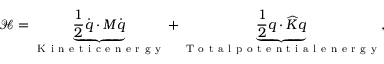
\mathcal { H } = \underbrace { \frac { 1 } { 2 } \dot { \boldsymbol { q } } \cdot \boldsymbol { M } \dot { \boldsymbol { q } } } _ { \mathrm { ~ K ~ i ~ n ~ e ~ t ~ i ~ c ~ e ~ n ~ e ~ r ~ g ~ y ~ } } + \underbrace { \frac { 1 } { 2 } \boldsymbol { q } \cdot \widehat { \boldsymbol { K } } \boldsymbol { q } } _ { \mathrm { ~ T ~ o ~ t ~ a ~ l ~ p ~ o ~ t ~ e ~ n ~ t ~ i ~ a ~ l ~ e ~ n ~ e ~ r ~ g ~ y ~ } } ,